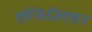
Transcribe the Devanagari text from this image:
एस्फिज़िएशन